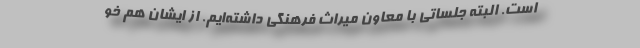
است. البته جلساتی با معاون میراث فرهنگی داشته‌ایم. از ایشان هم خو